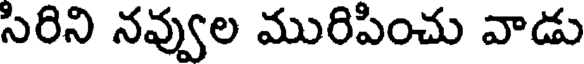
సిరిని నవ్వుల మురిపించు వాడు